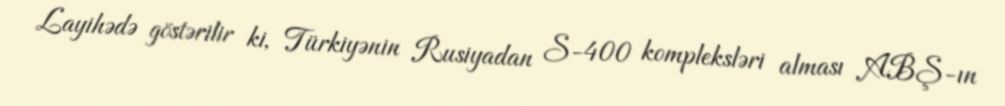
Layihədə göstərilir ki, Türkiyənin Rusiyadan S-400 kompleksləri alması ABŞ-ın